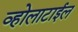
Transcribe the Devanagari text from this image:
व्होलाटाईल